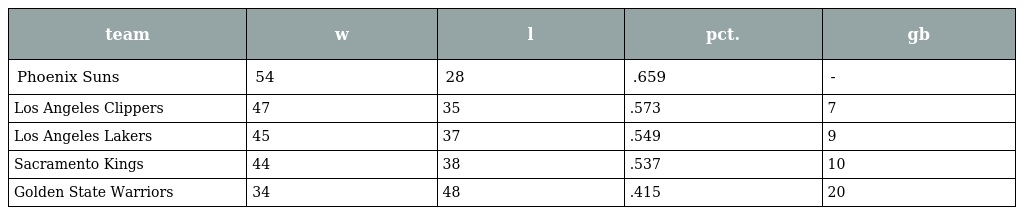
| team | w | l | pct. | gb |
 | --- | --- | --- | --- | --- |
 | Phoenix Suns | 54 | 28 | .659 | - |
 | Los Angeles Clippers | 47 | 35 | .573 | 7 |
 | Los Angeles Lakers | 45 | 37 | .549 | 9 |
 | Sacramento Kings | 44 | 38 | .537 | 10 |
 | Golden State Warriors | 34 | 48 | .415 | 20 |